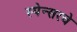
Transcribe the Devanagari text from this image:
स्पेन्सरचे